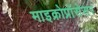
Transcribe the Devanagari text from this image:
माइक्रोप्रॉसेसर